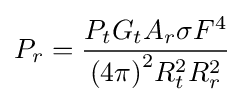
P_{r}={\frac {P_{t}G_{t}A_{r}\sigma F^{4}}{{(4\pi )}^{2}R_{t}^{2}R_{r}^{2}}}